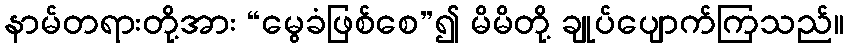
နာမ်တရားတို့အား “မွေခံဖြစ်စေ”၍ မိမိတို့ ချုပ်ပျောက်ကြသည်။